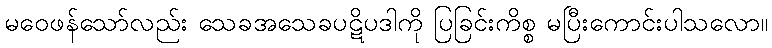
မဝေဖန်သော်လည်း သေခအသေခပဋိပဒါကို ပြခြင်းကိစ္စ မပြီးကောင်းပါသလော။